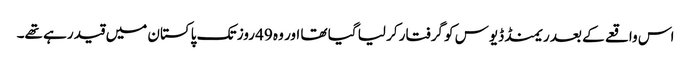
اس واقعے کے بعد ریمنڈ ڈیوس کو گرفتار کر لیا گیا تھا اور وہ 49 روز تک پاکستان میں قید رہے تھے۔